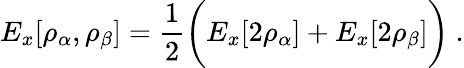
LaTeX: E_{x}[\rho_{\alpha},\rho_{\beta}]={\frac{1}{2}}{\bigg(}E_{x}[2\rho_{\alpha}]+E_{x}[2\rho_{\beta}]{\bigg)}\ .